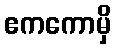
ဧကကောမှိ